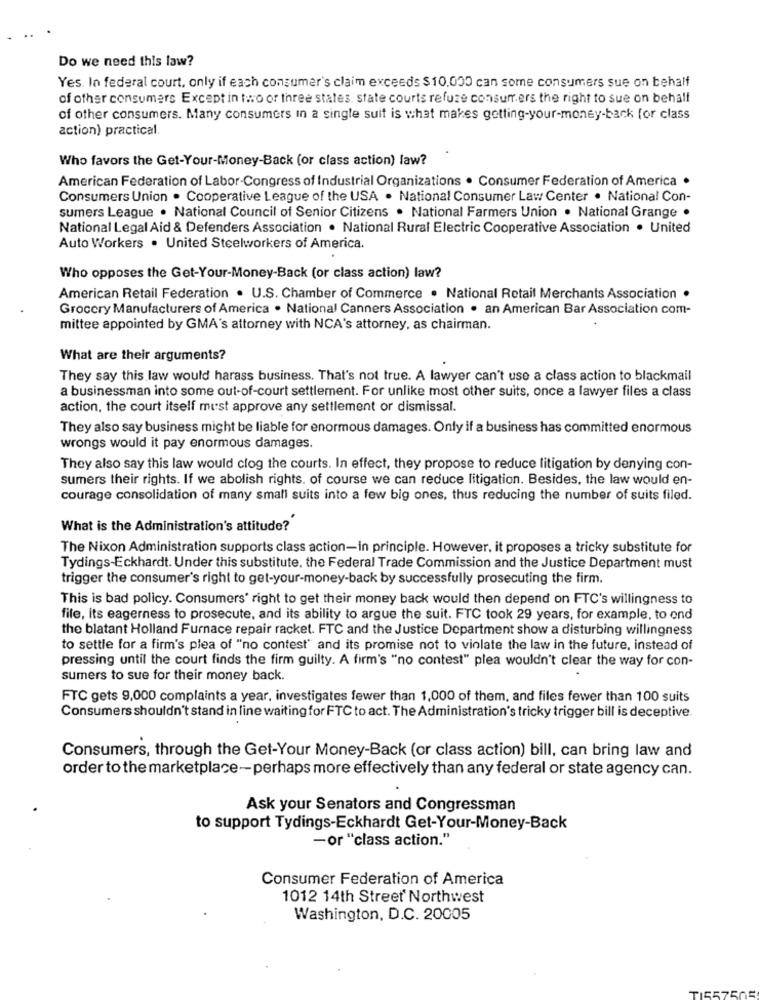
Do we need this law?
Yes. In federal court, only if each consumer's claim exceeds $10.000 can some consumers sue on behalf
of other consumers Except in two or three states, state courts refuse consurr ers the right to sue on behalf
of other consumers. Many consumers in a single suit is what makes getting-your-money-back for class
action) practical
Who favors the Get-Your-Money-Back (or class action) law?
American Federation of Labor-Congress of Industrial Organizations . Consumer Federation of America .
Consumers Union . Cooperative League of the USA . National Consumer Law Center . National Con-
sumers League . National Council of Senior Citizens . National Farmers Union . National Grange .
National Legal Aid & Defenders Association . National Rural Electric Cooperative Association . United
Auto Workers . United Steelworkers of America.
Who opposes the Get-Your-Money-Back (or class action) law?
American Retail Federation . U.S. Chamber of Commerce . National Retail Merchants Association .
Grocery Manufacturers of America . National Canners Association . an American Bar Association com-
mittee appointed by GMA's attorney with NCA's attorney, as chairman.
What are their arguments?
They say this law would harass business. That's not true. A lawyer can't use a class action to blackmail
a businessman into some out-of-court settlement. For unlike most other suits, once a lawyer files a class
action, the court itself must approve any settlement or dismissal.
They also say business might be liable for enormous damages. Only if a business has committed enormous
wrongs would it pay enormous damages.
They also say this law would clog the courts. In effect, they propose to reduce litigation by denying con-
sumers their rights. If we abolish rights. of course we can reduce litigation. Besides, the law would en-
courage consolidation of many small suits into a few big ones, thus reducing the number of suits filed.
What is the Administration's attitude?
The Nixon Administration supports class action-in principle. However, it proposes a tricky substitute for
Tydings-Eckhardt. Under this substitute, the Federal Trade Commission and the Justice Department must
trigger the consumer's right to get-your-money-back by successfully prosecuting the firm.
This is bad policy. Consumers' right to get their money back would then depend on FTC's willingness to
file, its eagerness to prosecute, and its ability to argue the suit. FTC took 29 years, for example, to ond
the blatant Holland Furnace repair racket. FTC and the Justice Department show a disturbing willingness
to settle for a firm's plea of "no contest" and its promise not to violate the law in the future, instead of
pressing until the court finds the firm guilty. A firm's "no contest" plea wouldn't clear the way for con-
sumers to sue for their money back.
FTC gets 9,000 complaints a year, investigates fewer than 1,000 of them, and files fewer than 100 suits
Consumers shouldn't stand in line waiting for FTC to act. The Administration's tricky trigger bill is deceptive.
Consumers, through the Get-Your Money-Back (or class action) bill, can bring law and
order to the marketplace-perhaps more effectively than any federal or state agency can.
Ask your Senators and Congressman
to support Tydings-Eckhardt Get-Your-Money-Back
-or "class action."
Consumer Federation of America
1012 14th Street Northwest
Washington, D.C. 20005
TIS57505